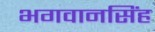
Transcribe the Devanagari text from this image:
भगवानसिंह